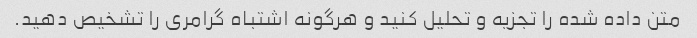
متن داده شده را تجزیه و تحلیل کنید و هرگونه اشتباه گرامری را تشخیص دهید.